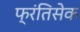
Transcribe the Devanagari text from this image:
फ्रंतिसेक